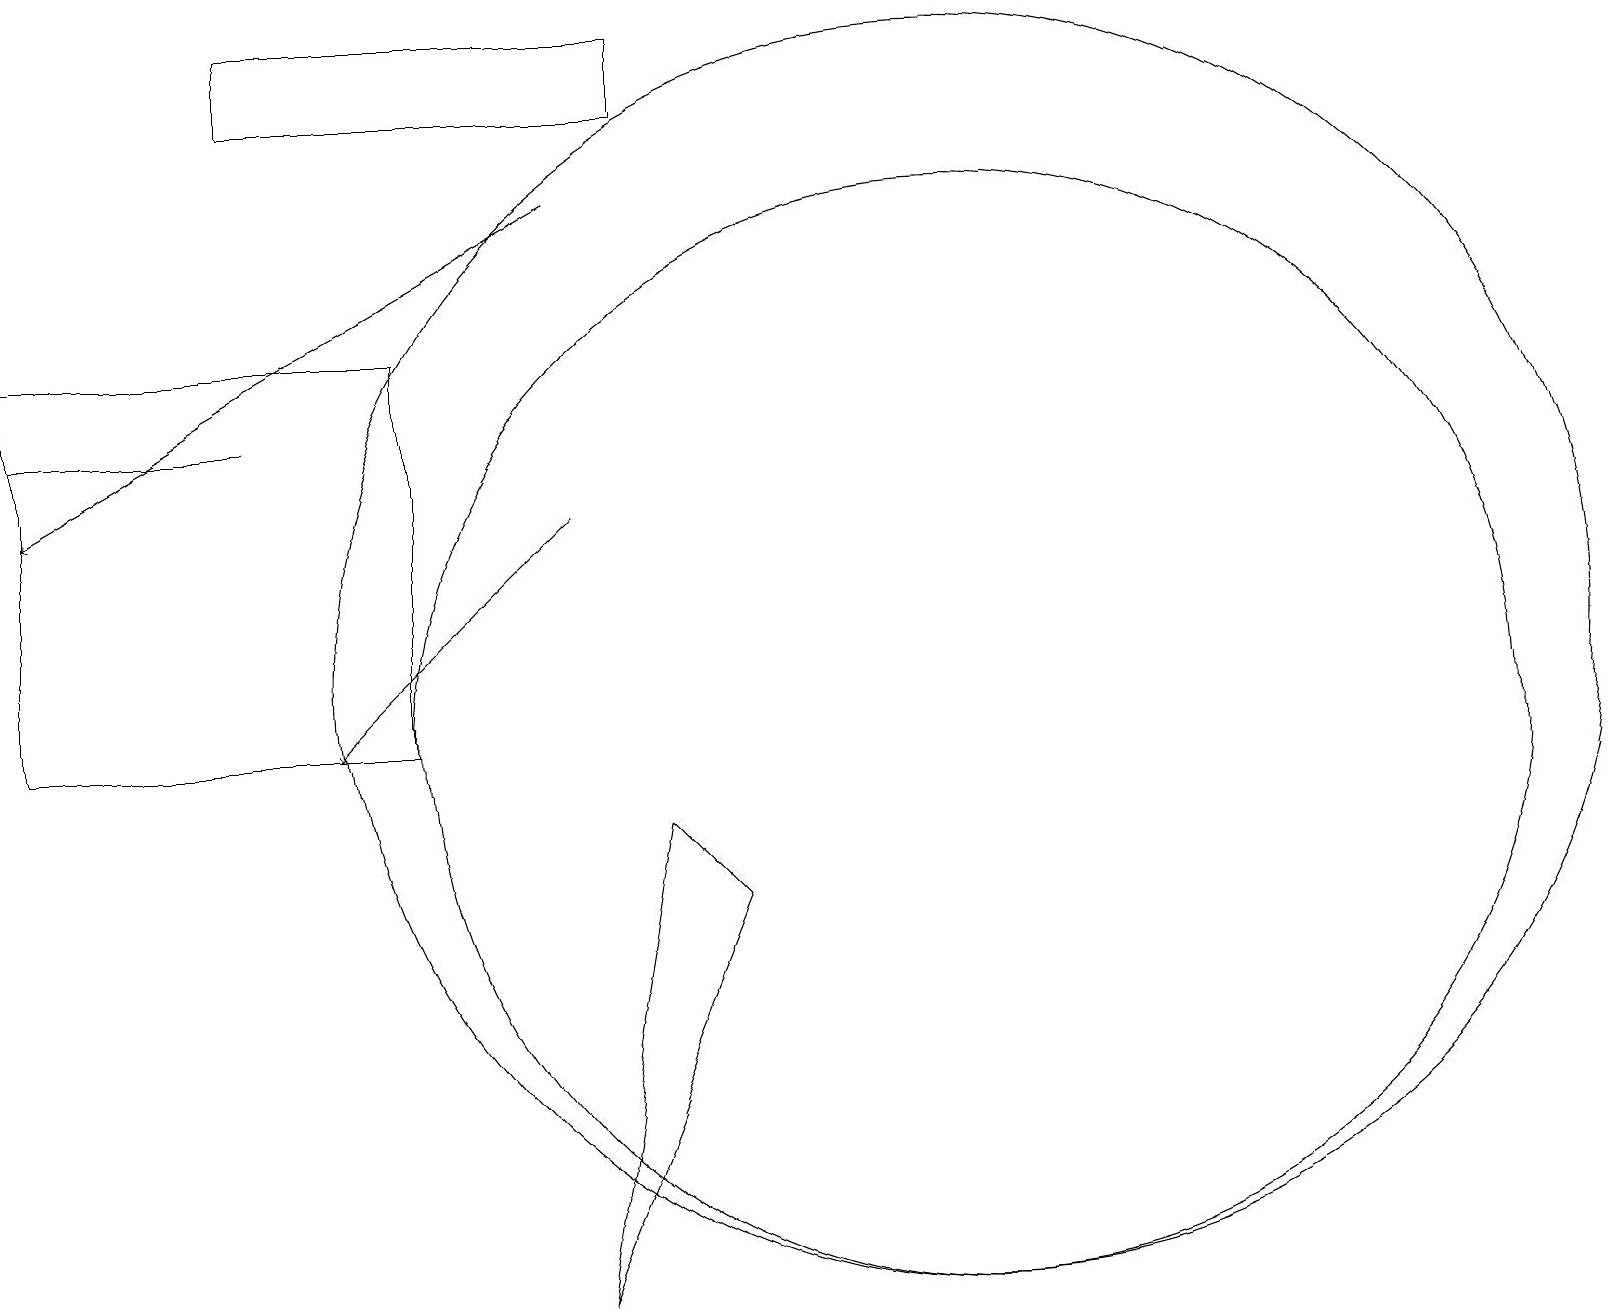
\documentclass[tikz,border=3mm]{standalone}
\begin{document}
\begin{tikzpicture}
\draw[->] (7,13) -- (4,10);
\draw (12,11) circle (8);
\draw (9,8) -- (7,3) -- (8,9) -- cycle;
\draw (0,15) rectangle (5,10);
\draw[->] (7,17) -- (0,13);
\draw (3,14) rectangle (0,14);
\draw (12,10) circle (7);
\draw (8,19) rectangle (3,18);
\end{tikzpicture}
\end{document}